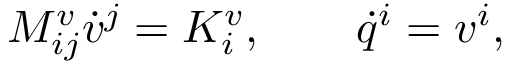
M _ { i j } ^ { v } \dot { v } ^ { j } = K _ { i } ^ { v } , \qquad \dot { q } ^ { i } = v ^ { i } ,